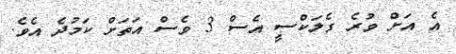
އެ އަށް ވުރެ ގެލަކްސީ އެސް 3 ވެސް އަތަށް ކަމުދެ އެވެ.